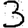
Digit: 3